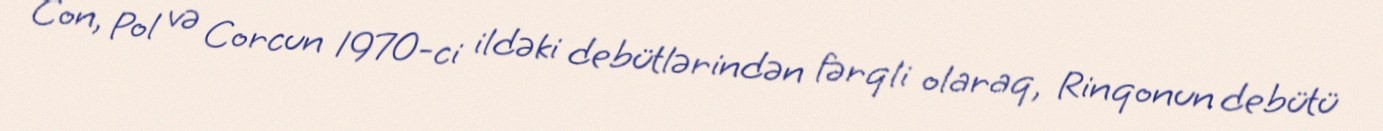
Con, Pol və Corcun 1970-ci ildəki debütlərindən fərqli olaraq, Rinqonun debütü